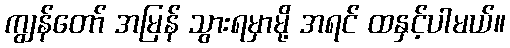
ကျွန်တော် အမြန် သွားရမှာမို့ အရင် ထနှင့်ပါမယ်။